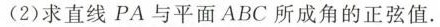
(2)求直线 P A 与平面 A B C 所成角的正弦值。